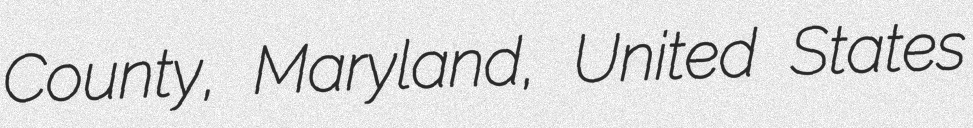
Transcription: County, Maryland, United States